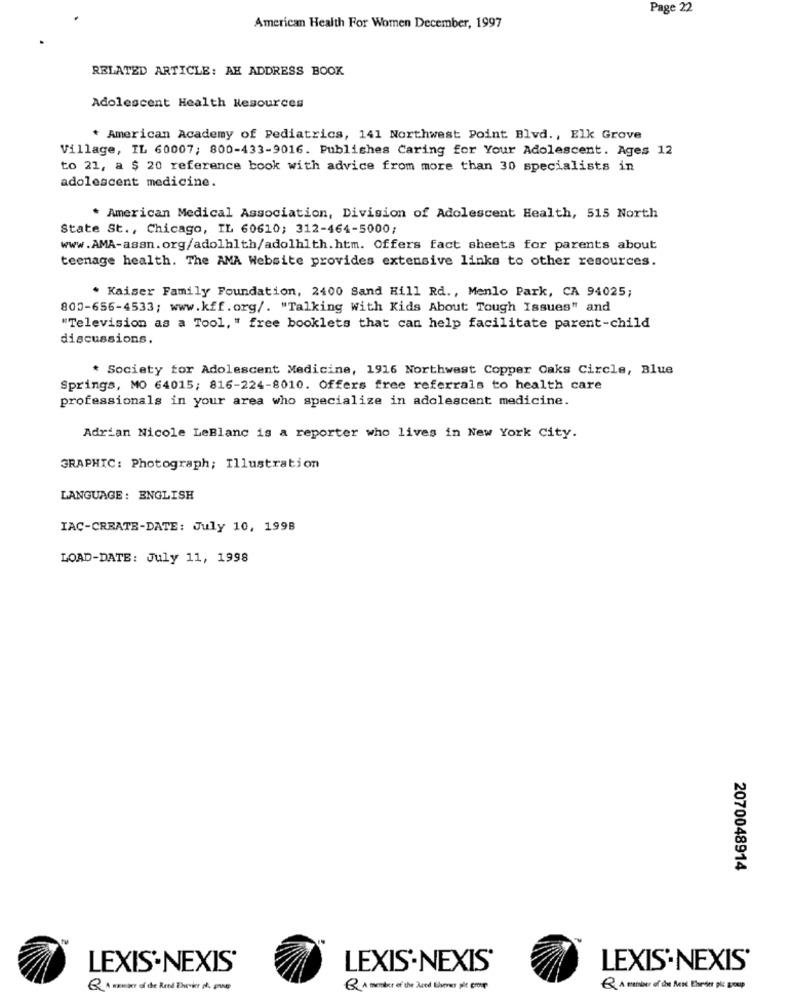
Page 22
American Health For Women December, 1997
RELATED ARTICLE: AH ADDRESS BOOK
Adolescent Health Resources
* American Academy of Pediatrics, 141 Northwest Point Blvd ., Elk Grove
Village, IL 60007; 800-433-9016. Publishes Caring for Your Adolescent. Ages 12
to 21, a $ 20 reference book with advice from more than 30 specialists in
adolescent medicine.
* American Medical Association, Division of Adolescent Health, 515 North
State St ., Chicago, IL 60610; 312-464-5000;
www.AMA-asan.org/adolhlth/adolhlth.htm. Offers fact sheets for parents about
teenage health. The AMA Website provides extensive links to other resources.
* Kaiser Family Foundation, 2400 Sand Hill Rd ., Menlo Park, CA 94025;
800-656-4533; www.kff.org/. "Talking With Kids About Tough Issues" and
"Television as a Tool, " free booklets that can help facilitate parent-child
discussions.
* Society for Adolescent Medicine, 1916 Northwest Copper Oaks Circle, Blue
Springs, MO 64015; 816-224-8010. Offers free referrals to health care
professionals in your area who specialize in adolescent medicine.
Adrian Nicole LeBlanc is a reporter who lives in New York City.
GRAPHIC: Photograph; Illustration
LANGUAGE: ENGLISH
IAC-CREATE-DATE: July 10, 1998
LOAD-DATE: July 11, 1998
2070048914
LEXIS'.NEXIS'
LEXIS-NEXIS'
LEXIS'NEXIS'
Q A weniger of the Rend Theker pl. pues
Q A member of the iced Giver ple cross
Q A member of de Mest theter plc group